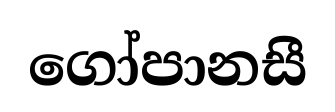
ගෝපානසී